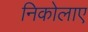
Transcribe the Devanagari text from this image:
निकोलाए